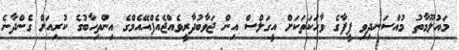
މައުލޫމާތު މުއްސަނދިވި ފީފާގެ ވާހަކަތަކަށް އީގަލްސް އިން ޖަވާބުދާރީވެއްޖެއެފްއޭއެމްގެ އިންތިހާބުގެ ކުރިއަށް ގެންދާނެ